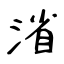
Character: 渻